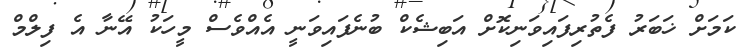
ކަމަށް ޚަބަރު ފެތުރިފައިވަނިކޮށް އަބިޝެކް ބުނެފައިވަނީ އެއްވެސް މީހަކު އޭނާ އެ ފިލްމް